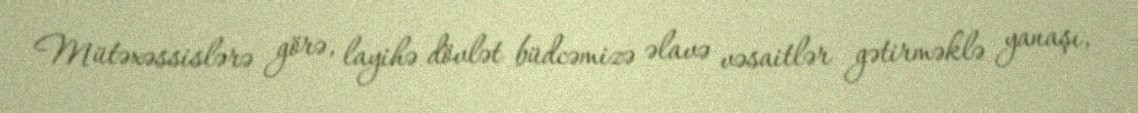
Mütəxəssislərə görə, layihə dövlət büdcəmizə əlavə vəsaitlər gətirməklə yanaşı,